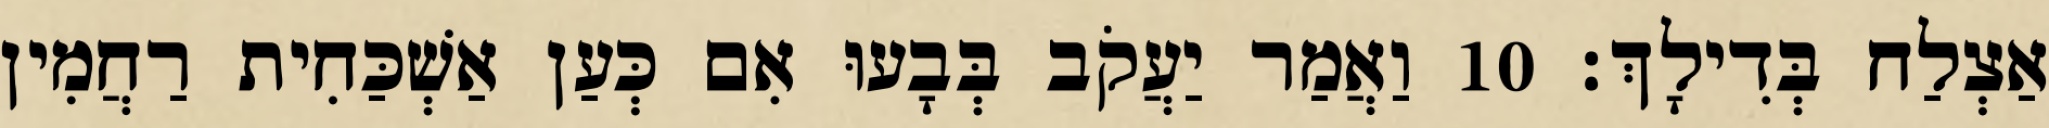
אַצְלַח בְּדִילָךְ׃ 10 וַאֲמַר יַעֲקֹב בְּבָעוּ אִם כְּעַן אַשְׁכַּחִית רַחֲמִין